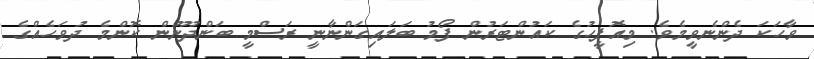
ވާހަކަ ދެންނެވީމެވެ. މިއޮފީހުގެ ކައުންޓަރުން ފޯމު ބަލައިގަންނާނީ ރަސްމީ ބަންދުނޫން ކޮންމެ ދުވަހެއްގެ